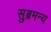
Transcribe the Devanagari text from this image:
सुब्रमन्य